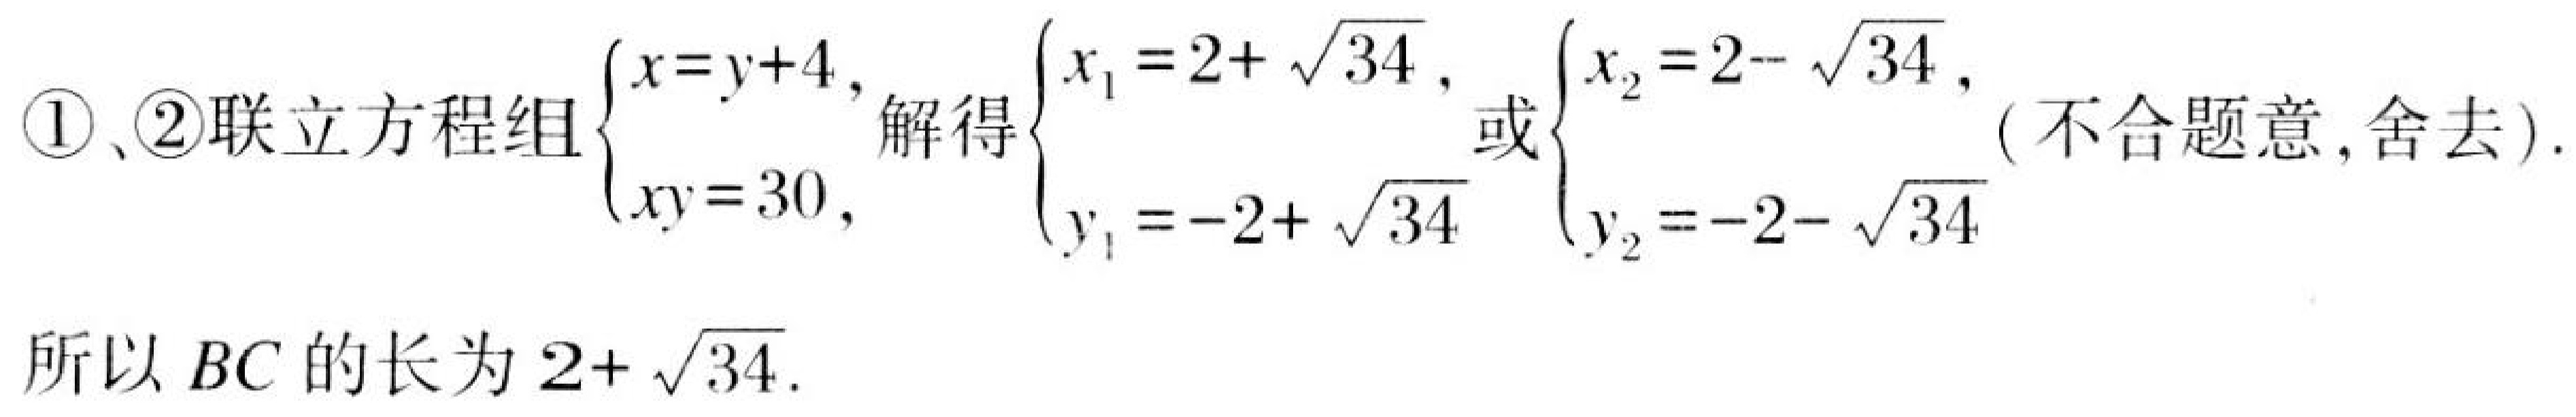
\textcircled{1}、\textcircled{2}联立方程组\(\begin{cases}x = y + 4,\\xy = 30,\end{cases}\)解得\(\begin{cases}x_{1}=2+\sqrt{34},\\y_{1}=-2+\sqrt{34}\end{cases}\)或\(\begin{cases}x_{2}=2-\sqrt{34},\\y_{2}=-2-\sqrt{34}\end{cases}\)( 不合题意,舍去).

所以\(BC\)的长为\(2+\sqrt{34}\).